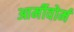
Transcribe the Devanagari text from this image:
आर्मीवोर्म